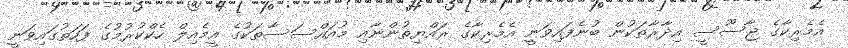
އެމެރިކާގެ ޖާސޫސީ އިދާރާތަކުން ބުނެފައިވަނީ އެމެރިކާގެ ރައްޔިތުންނާއި މުއައްސަސާތަކުގެ އީމެއިލް ހެކްކުރުމުގެ ފަހަތުގައިވަނީ